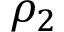
\rho _ { 2 }